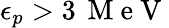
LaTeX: \epsilon_{p}>3\, \mathrm{~M~e~V~}